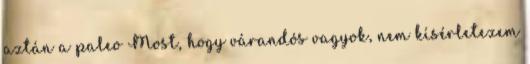
aztán a paleo Most, hogy várandós vagyok, nem kísérletezem